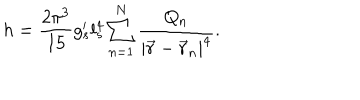
h = \frac { 2 \pi ^ { 3 } } { 1 5 } g _ { s } ^ { \prime } l _ { s } ^ { 4 } \sum _ { n = 1 } ^ { N } \frac { Q _ { n } } { | \vec { r } - \vec { r } _ { n } | ^ { 4 } } .